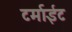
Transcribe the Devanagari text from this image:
टर्माईट